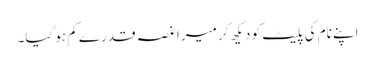
اپنے نام کی پلیٹ کو دیکھ کر میرا غصہ قدرے کم ہو گیا۔